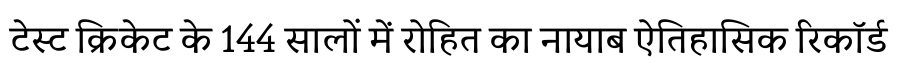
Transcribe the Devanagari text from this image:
टेस्ट क्रिकेट के 144 सालों में रोहित का नायाब ऐतिहासिक रिकॉर्ड